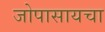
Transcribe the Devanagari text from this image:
जोपासायचा